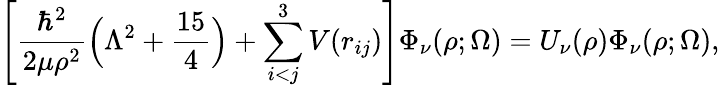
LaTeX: \Bigg[\frac{\hbar^{2}}{2\mu\rho^{2}}\Big(\Lambda^{2}+\frac{15}{4}\Big)+\sum_{i<j}^{3}V(r_{ij})\Bigg]\Phi_{\nu}(\rho;\Omega)=U_{\nu}(\rho)\Phi_{\nu}(\rho;\Omega),